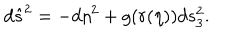
d \hat { s } ^ { 2 } = - d \eta ^ { 2 } + g ( r ( \eta ) ) d s _ { 3 } ^ { 2 } .